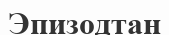
Эпизодтан